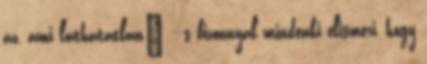
az, ami láthatatlan" - s bizonnyal mindenki elismeri, hogy